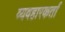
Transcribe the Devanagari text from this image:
व्यवहारकर्ता